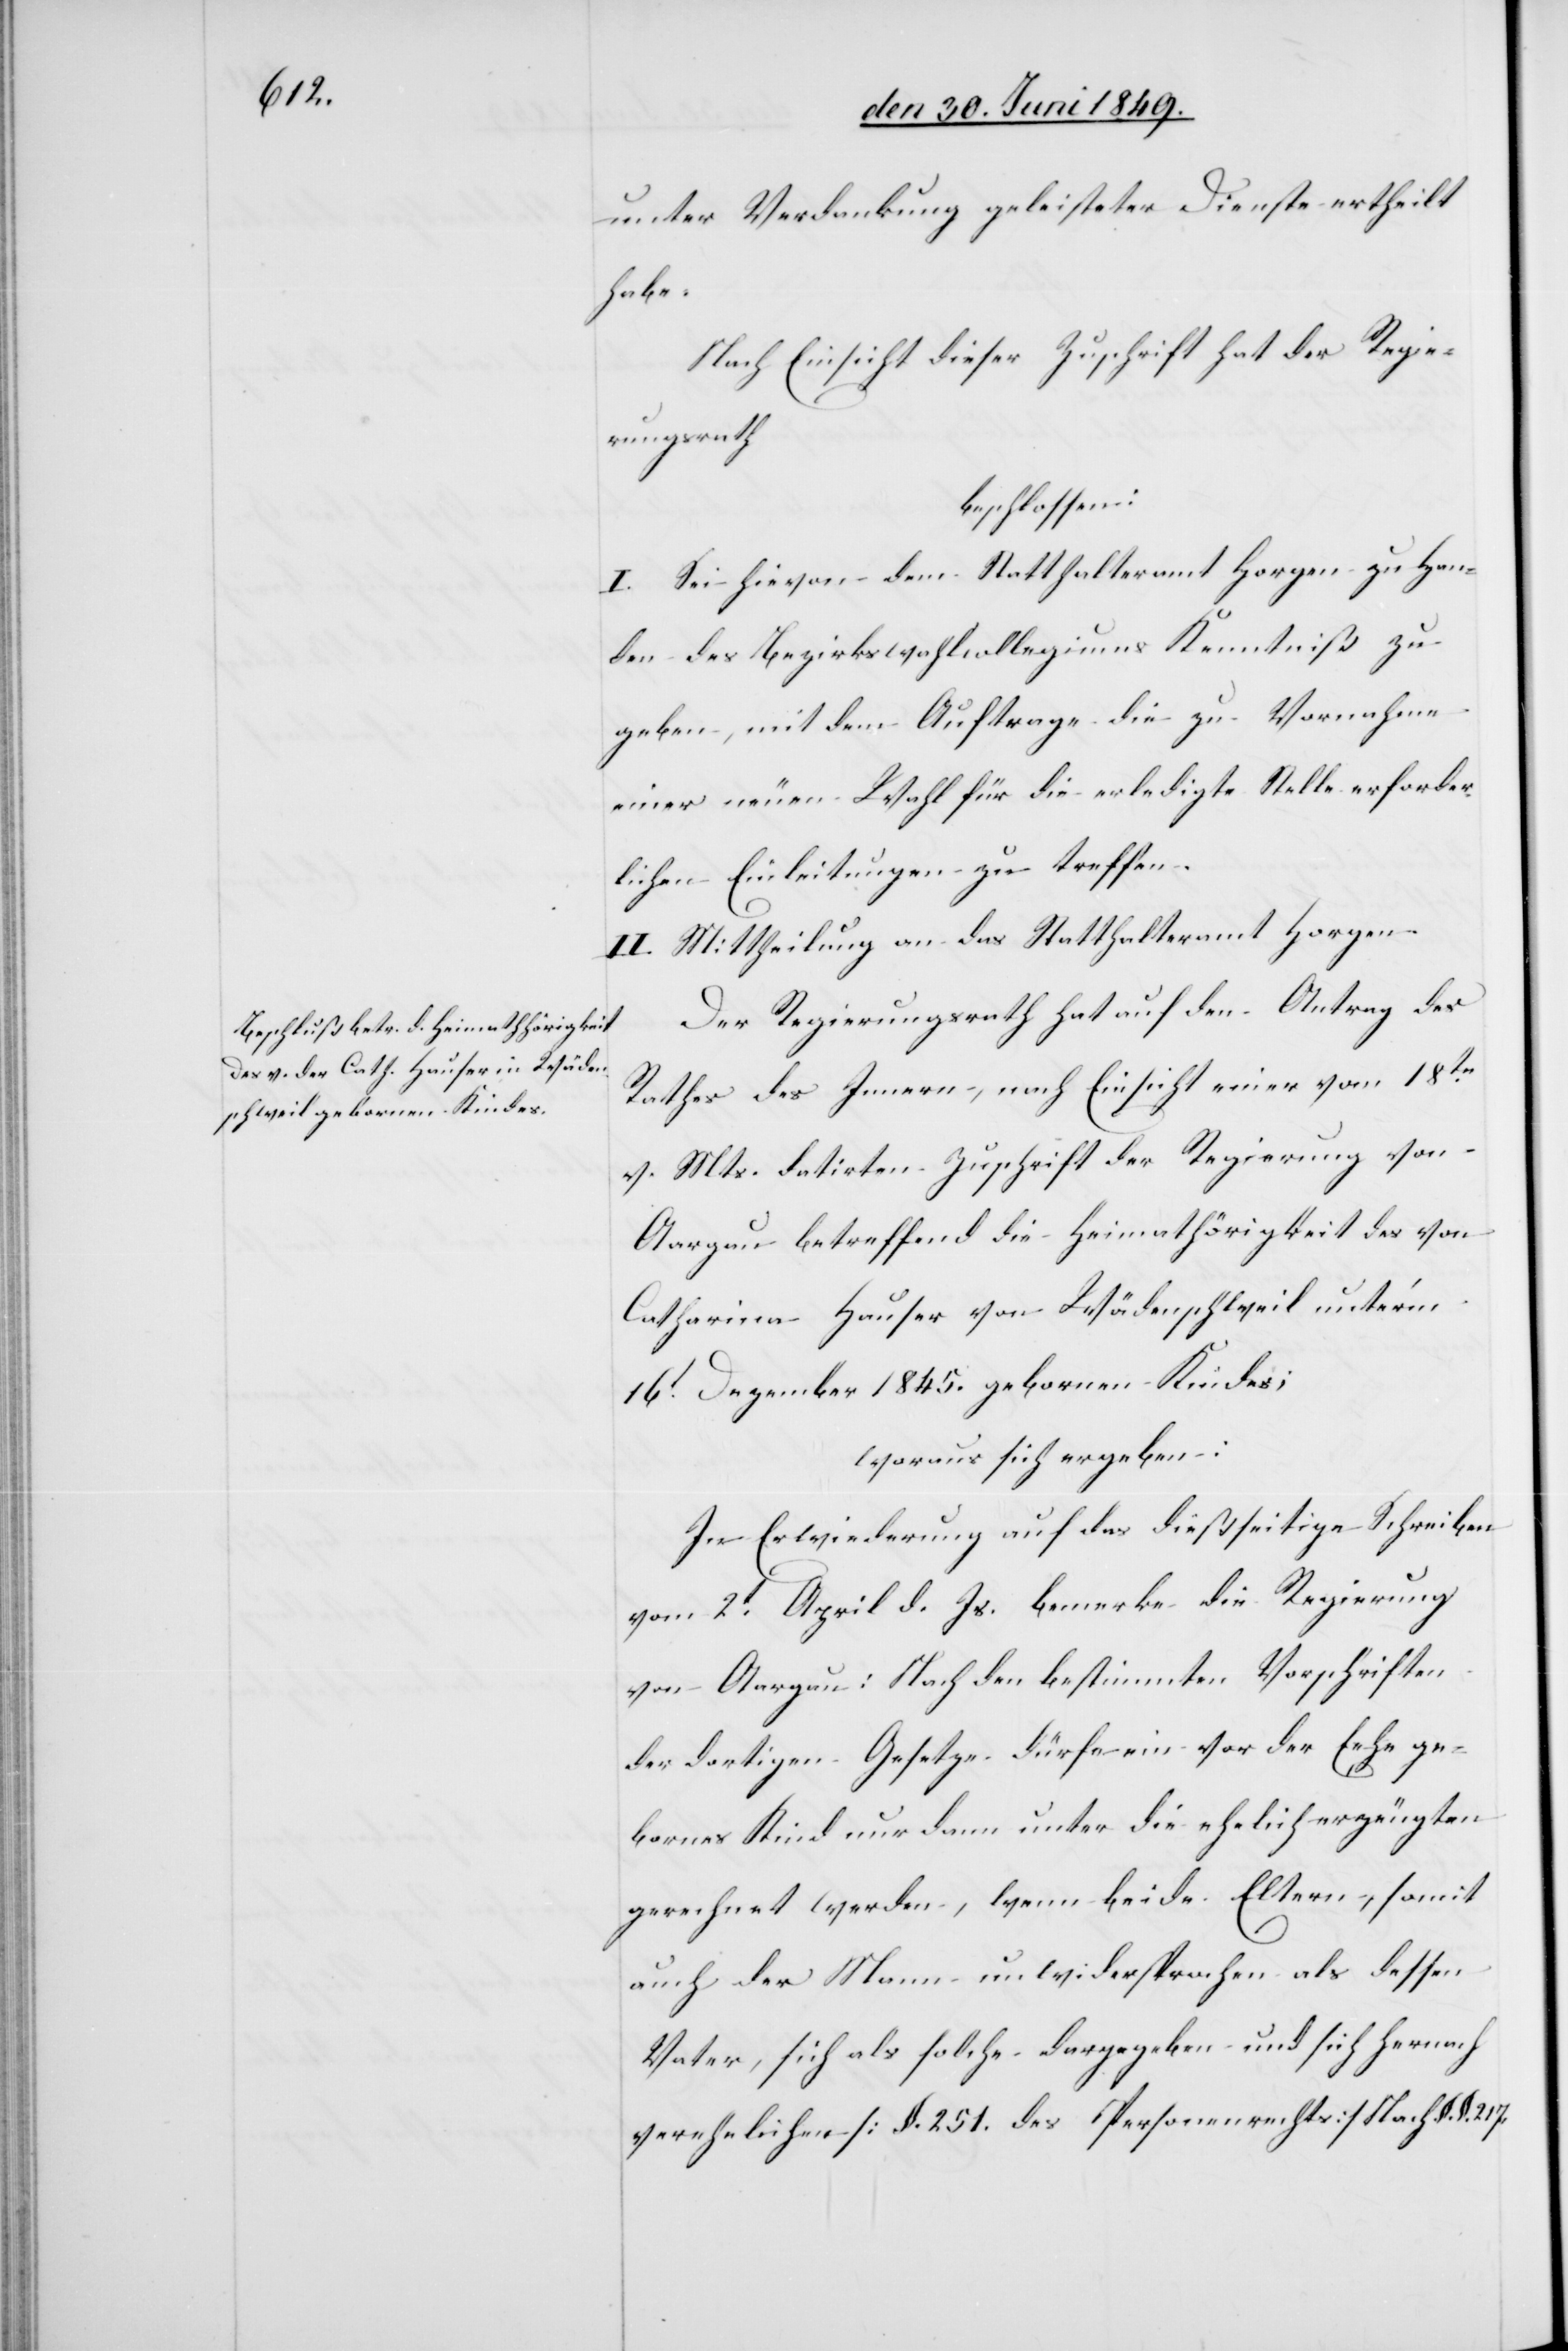
ge¬

unter Verdankung geleisteter Dienste ertheilt
habe.
Nach Einsicht dieser Zuschrift hat der Regie¬
rungsrath
beschlossen:
I. Sei hievon dem Statthalteramt Horgen zu Han¬
den des Bezirkswahlcollegiums Kenntniß zu
geben, mit dem Auftrage die zu Vornahme
einer neuen Wahl für die erledigte Stelle erforder¬
lichen Einleitungen zu treffen.
II. Mittheilung an das Statthalteramt Horgen.
Der Regierungsrath hat auf den Antrag des
Rathes des Innern, nach Einsicht einer vom 18tn
v. Mts. datirten Zuschrift der Regierung von
Aargau betreffend die Heimathörigkeit des von
Catharina Hauser von Wädenschweil unter’m
16t Dezember 1845. gebornen Kindes;
woraus sich ergeben:
In Erwiederung auf das dießseitige Schreiben
vom 2t April d. Js. bemerke die Regierung
von Aargau: Nach den bestimmten Vorschriften
der dortigen Gesetze dürfe ein vor der Eehe
bornes Kind nur dann unter die ehelich erzeugten
gerechnet werden, wenn beide Eltern, somit
auch der Mann unwidersprochen als dessen
Vater, sich als solche dargegeben und sich hernach
verehelichen [§. 251. des Personenrechts] nach §. §.